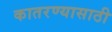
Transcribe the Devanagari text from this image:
कातरण्यासाठी